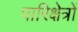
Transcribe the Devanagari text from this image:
पारिक्षेत्रों